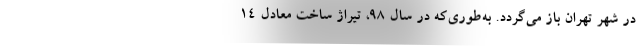
در شهر تهران باز می‌گردد. به‌طوری‌که در سال ۹۸، تیراژ ساخت معادل ۱۴